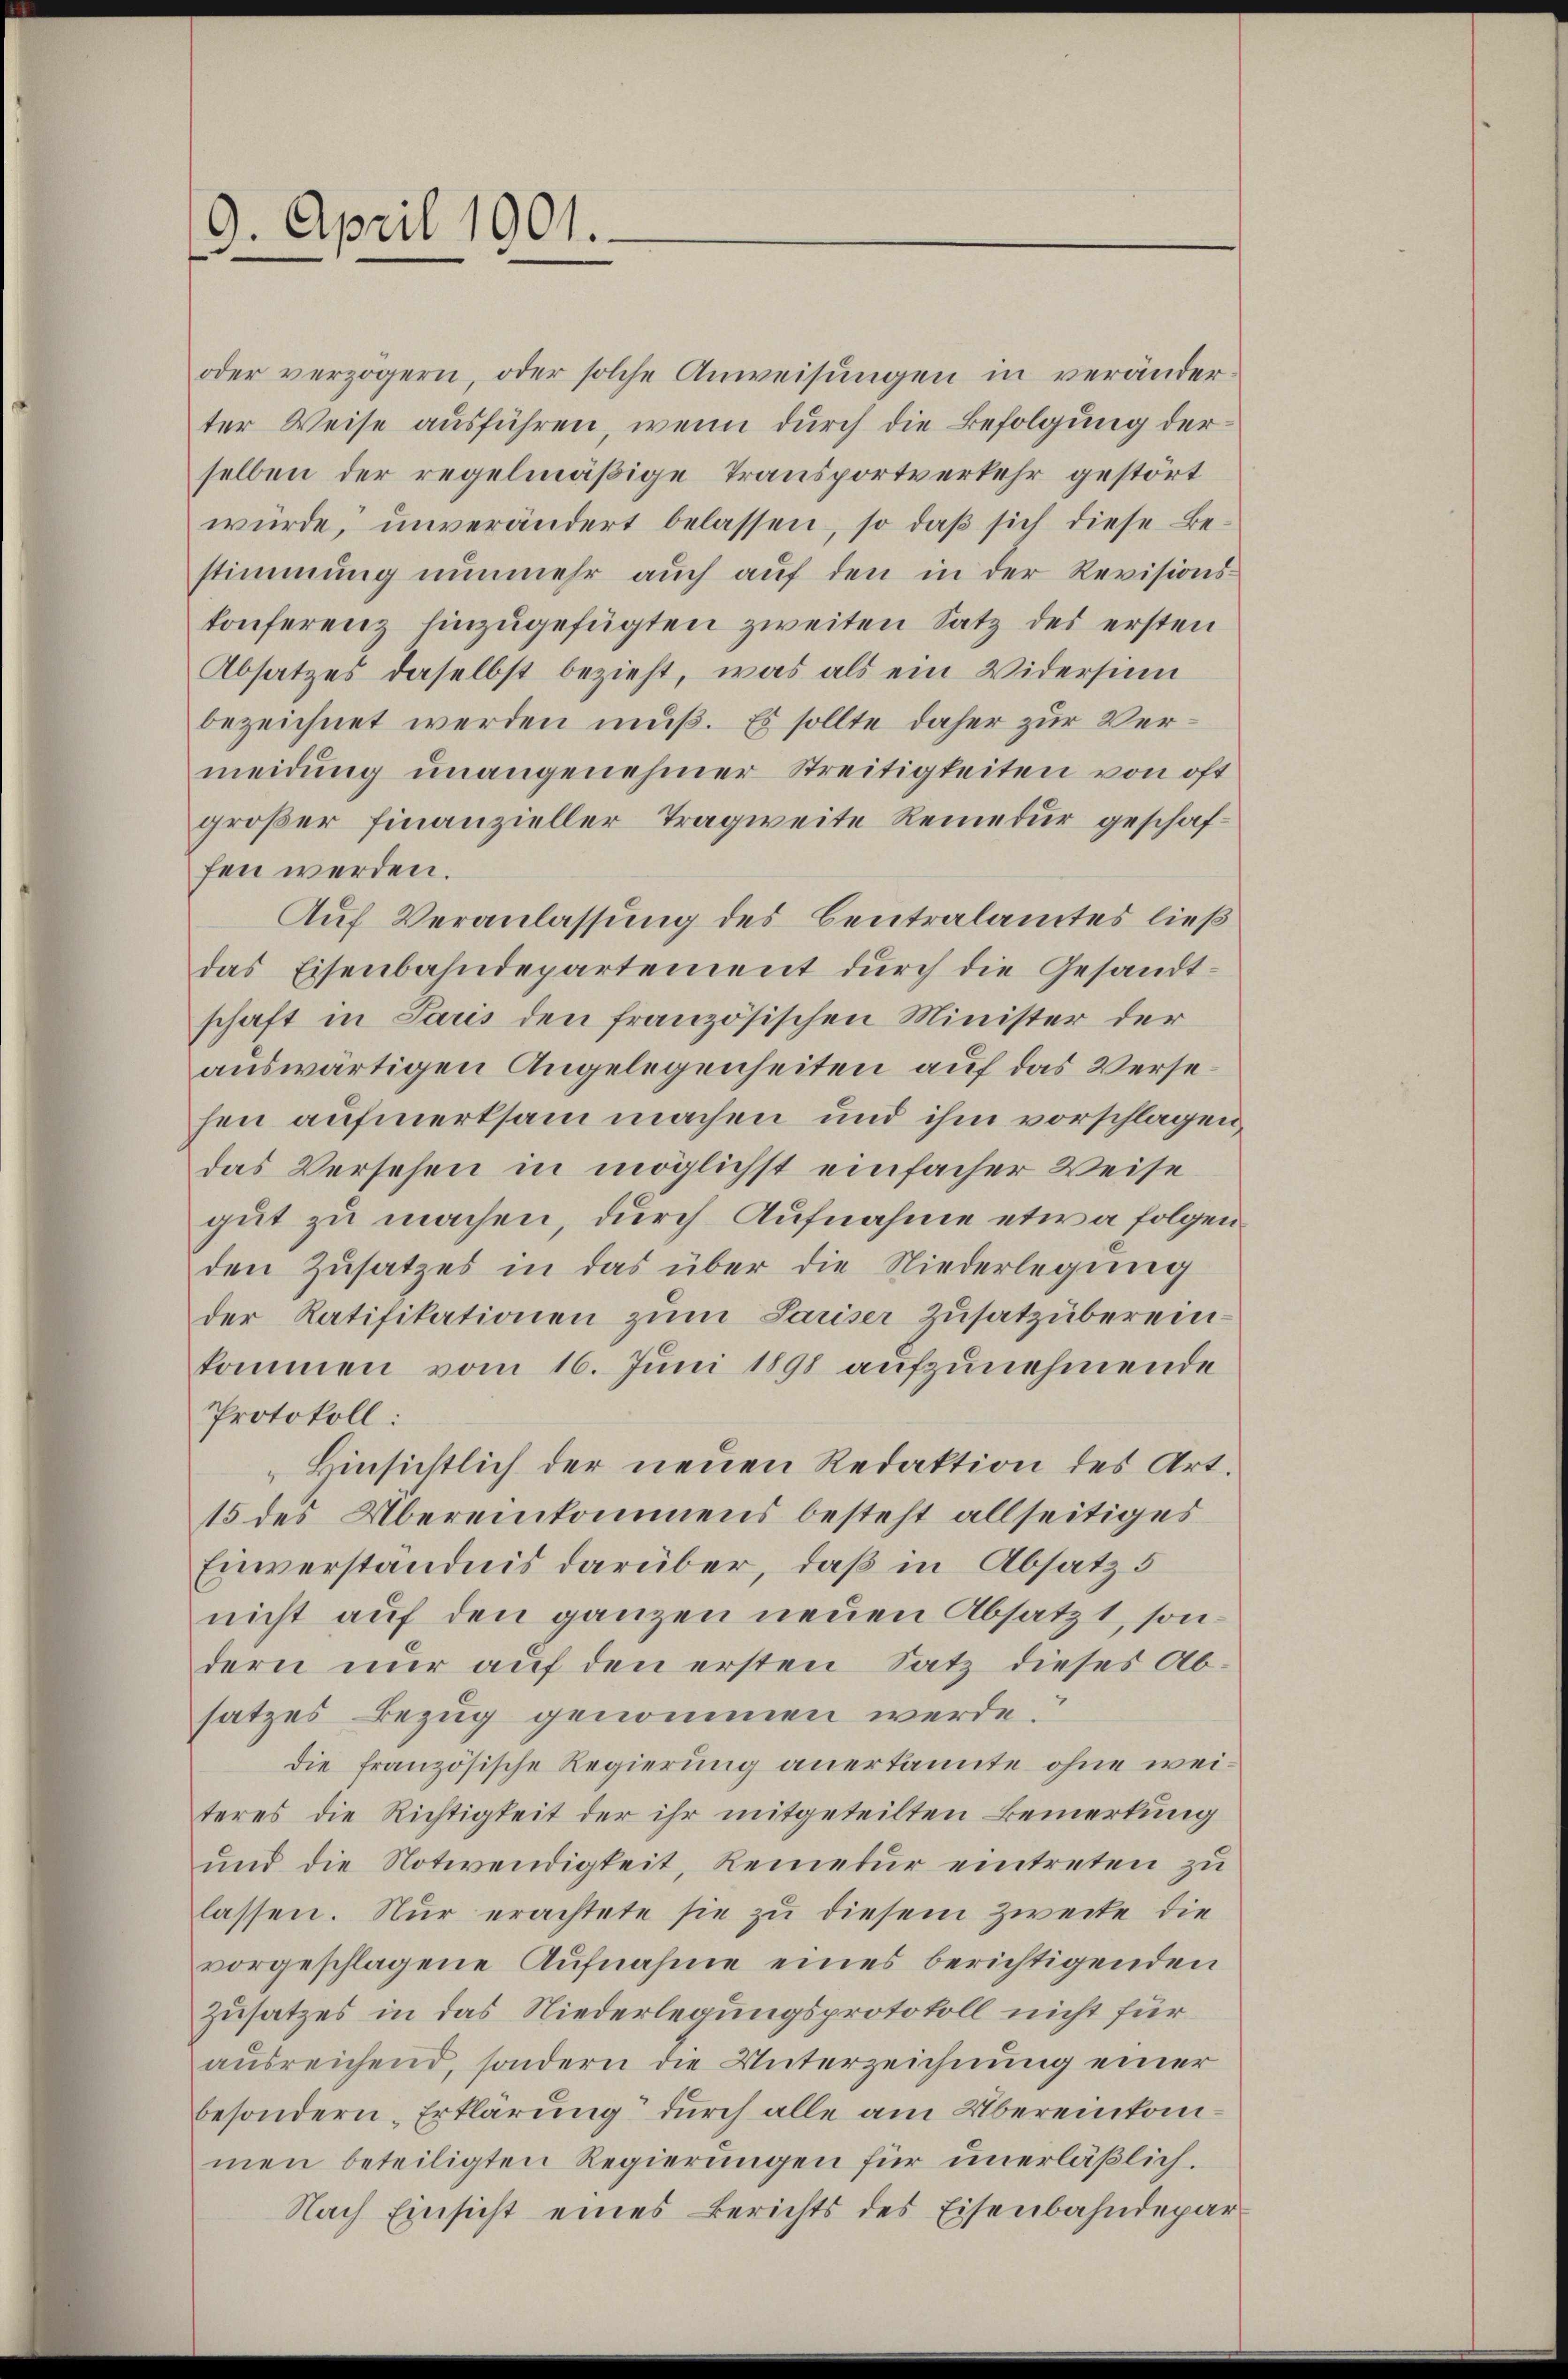
9. April 1901.

oder verzögern, oder solche Anweisungen in veränderter Weise ausführen, wenn durch die Befolgung derselben der regelmäßige Transportverkehr gestört
würde, unverändert belassen, so daß sich diese Bestimmung nunmehr auch auf den in der Revisionskonferenz hinzŭgefügten zweiten Satz des ersten
Absatzes daselbst bezieht, was als ein Widersum
bezeichnet werden muß. Es sollte daher zur Vermeidung unangenehmer Streitigkeiten von oft
großer Finanzieller Tragweite Remedur geschaffen werden.
Auf Veranlassung des Centralamtes ließ
das Eisenbahndepartement durch die Gesandtschaft in Paris den französischen Minister der
auswärtigen Angelegenheiten auf das Versehen aufmerksam machen und ihm vorschlagen,
das Versehen in möglichst einfacher Weise
gut zu machen, durch Aufnahme etwa folgen
den Zŭsatzes in das über die Niederlegŭng
der Ratifikationen zum Sariser Zusatz übereinkommen vom 16. Juni 1898 aufzunehmende
Protokoll:
Hinsichtlich der neuen Redaktion des Art.
15 des Übereinkommens besteht allseitiges
Einverständnis darüber, daß in Absatz 5
nicht auf den ganzen neuen Absatzt, sondern nur auf den ersten Satz dieses Absatzes Bezug genommen werde.
die französische Regierung anerkannte ohne weiteres die Richtigkeit der ihr mitgeteilten Bemerkung
und die Notwendigkeit, Reinetur eintreten zu
lassen. Nur erachtete sie zu diesem Zweite die
vorgeschlagene Aufnahme eines berichtigenden
Zusatzes in das Niederlegungsprotokoll nicht für
ausreichend, sondern die Unterzeichnung einer
besondern Erklärung durch alle am Übereinkommen beteiligten Regierungen für unerläßlich.
Nach Einsicht eines Berichts des Eisenbahndepar